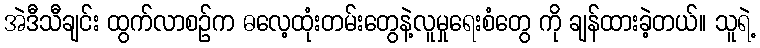
အဲဒီသီချင်း ထွက်လာစဉ်က ဓလေ့ထုံးတမ်းတွေနဲ့လူမှုရေးစံတွေ ကို ချန်ထားခဲ့တယ်။ သူရဲ့